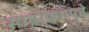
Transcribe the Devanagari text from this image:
साम्राज्यापुढे